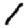
Digit: 1